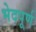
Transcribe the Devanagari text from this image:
भेदपूर्ण